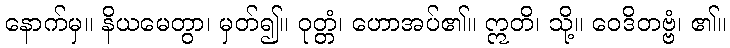
နောက်မှ။ နိယမေတွာ၊ မှတ်၍။ ဝုတ္တံ၊ ဟောအပ်၏။ ဣတိ၊ သို့။ ဝေဒိတဗ္ဗံ၊ ၏။